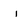
Character: i